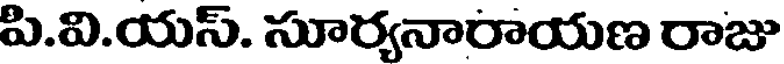
పి.వి.యస్. సూర్యనారాయణ రాజు